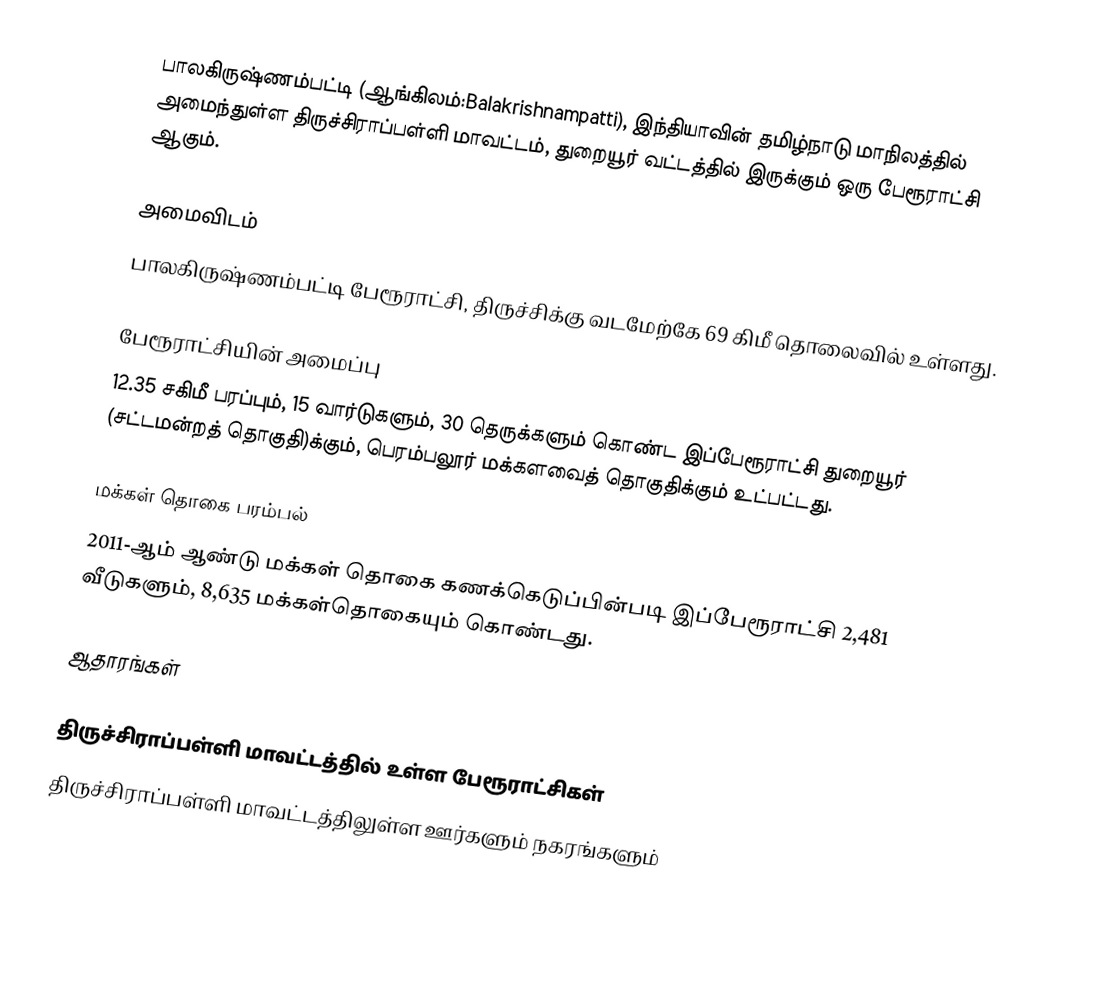
பாலகிருஷ்ணம்பட்டி (ஆங்கிலம்:Balakrishnampatti), இந்தியாவின் தமிழ்நாடு மாநிலத்தில் அமைந்துள்ள திருச்சிராப்பள்ளி மாவட்டம், துறையூர் வட்டத்தில் இருக்கும் ஒரு பேரூராட்சி ஆகும்.

அமைவிடம்
பாலகிருஷ்ணம்பட்டி பேரூராட்சி, திருச்சிக்கு வடமேற்கே 69 கிமீ தொலைவில் உள்ளது.

பேரூராட்சியின் அமைப்பு
12.35  சகிமீ பரப்பும், 15 வார்டுகளும்,  30  தெருக்களும் கொண்ட இப்பேரூராட்சி  துறையூர்  (சட்டமன்றத் தொகுதி)க்கும், பெரம்பலூர் மக்களவைத் தொகுதிக்கும் உட்பட்டது.

மக்கள் தொகை பரம்பல்
2011-ஆம் ஆண்டு மக்கள் தொகை கணக்கெடுப்பின்படி  இப்பேரூராட்சி   2,481  வீடுகளும்,  8,635 மக்கள்தொகையும் கொண்டது.

ஆதாரங்கள்

திருச்சிராப்பள்ளி மாவட்டத்தில் உள்ள பேரூராட்சிகள்
திருச்சிராப்பள்ளி மாவட்டத்திலுள்ள ஊர்களும் நகரங்களும்